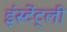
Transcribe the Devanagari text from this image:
इंस्टेंट्ली